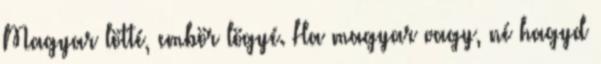
Magyar lötté, embör lögyé. Ha magyar vagy, né hagyd